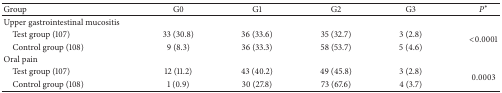
| Group | G0 | G1 | G2 | G3 | P∗ |
 | --- | --- | --- | --- | --- | --- |
 | Upper gastrointestinal mucositis |  |  |  |  |  |
 | Test group (107) | 33 (30.8) | 36 (33.6) | 35 (32.7) | 3 (2.8) | <ROWSPAN=2> <0.0001 |
 | Control group (108) | 9 (8.3) | 36 (33.3) | 58 (53.7) | 5 (4.6) |
 | Oral pain |  |  |  |  |  |
 | Test group (107) | 12 (11.2) | 43 (40.2) | 49 (45.8) | 3 (2.8) | <ROWSPAN=2> 0.0003 |
 | Control group (108) | 1 (0.9) | 30 (27.8) | 73 (67.6) | 4 (3.7) |